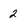
Character: 2